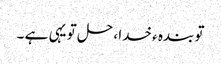
تو بندہ ء خدا ، حل تو یہی ہے ۔